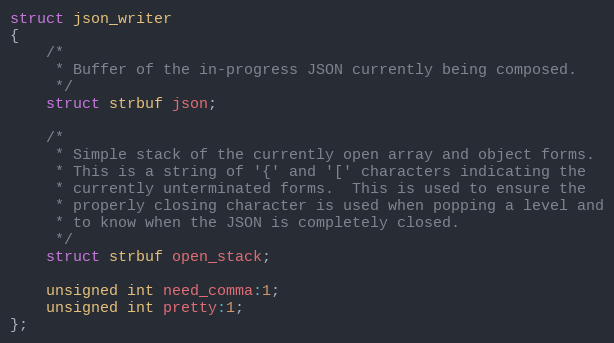
Language: C
struct json_writer
{
	/*
	 * Buffer of the in-progress JSON currently being composed.
	 */
	struct strbuf json;

	/*
	 * Simple stack of the currently open array and object forms.
	 * This is a string of '{' and '[' characters indicating the
	 * currently unterminated forms.  This is used to ensure the
	 * properly closing character is used when popping a level and
	 * to know when the JSON is completely closed.
	 */
	struct strbuf open_stack;

	unsigned int need_comma:1;
	unsigned int pretty:1;
};